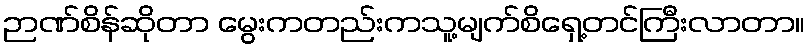
ဉာဏ်စိန်ဆိုတာ မွေးကတည်းကသူ့မျက်စိရှေ့တင်ကြီးလာတာ။